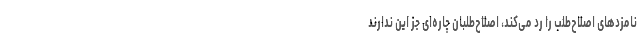
نامزدهای اصلاح‌طلب را رد می‌کند، اصلاح‌طلبان چاره‌ای جز این ندارند